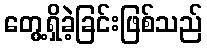
တွေ့ရှိခဲ့ခြင်းဖြစ်သည်